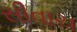
સીવાચ